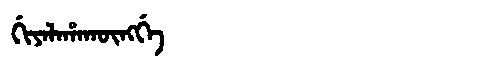
Manchu: ᡤᡳᠶᠠᠯᠠᡥᠠᡴᡡᠩᡤᡝ
Romanization: GIYALAHAKŪNGGE